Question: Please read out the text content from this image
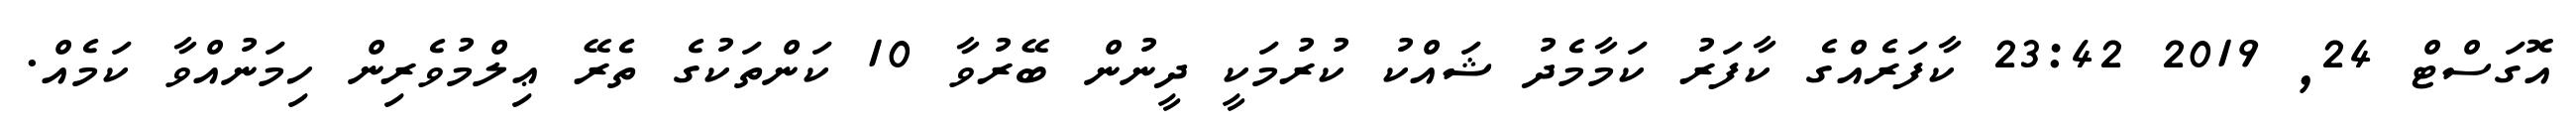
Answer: އޮގަސްޓް 24, 2019 23:42 ކާފަރެއްގެ ކާފަރު ކަމާމެދު ޝައްކު ކުރުމަކީ ދީނުން ބޭރުވާ 10 ކަންތަކުގެ ތެރޭ ޢިލްމުވެރިން ހިމަނުއްވާ ކަމެއް.